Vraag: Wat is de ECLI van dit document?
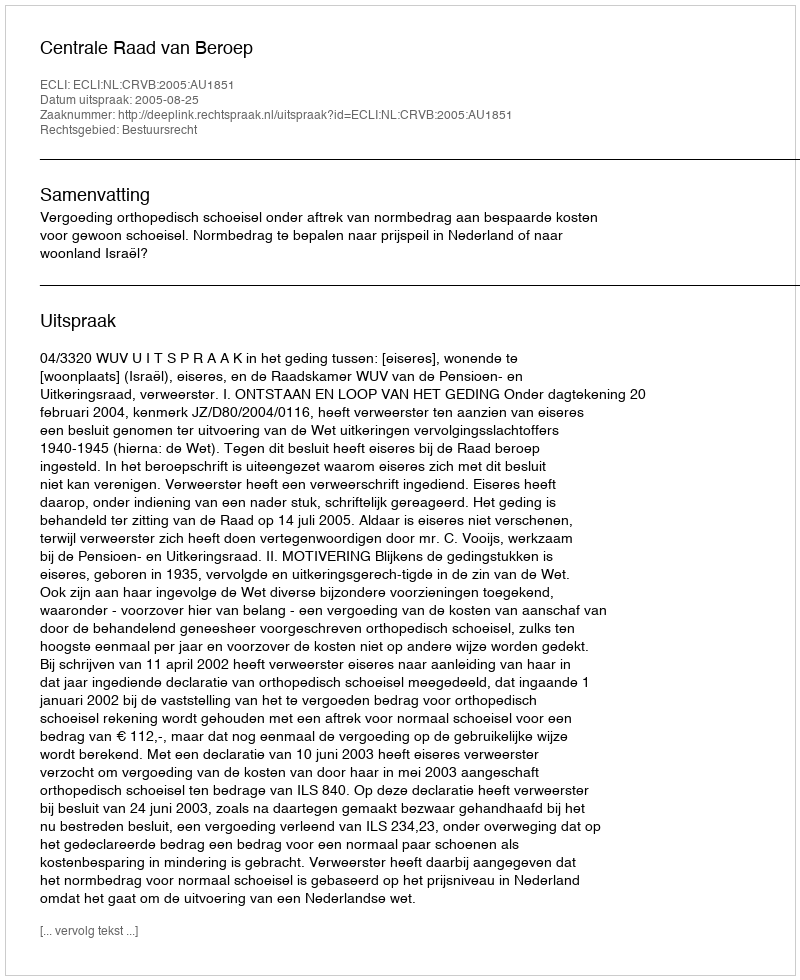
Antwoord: ECLI:NL:CRVB:2005:AU1851